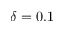
\delta = 0 . 1